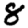
Digit: 8